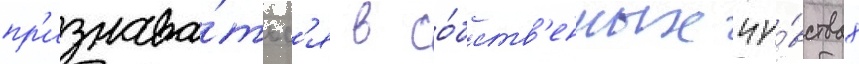
пр'изнава́тьс'я в со́бств'енных чу́вствах